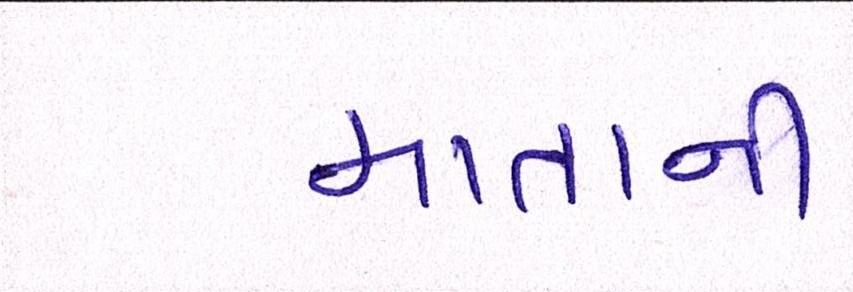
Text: માતાની